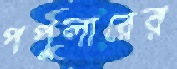
পপুলারের